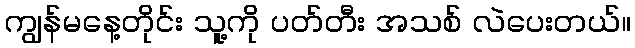
ကျွန်မနေ့တိုင်း သူ့ကို ပတ်တီး အသစ် လဲပေးတယ်။